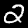
Label: 2